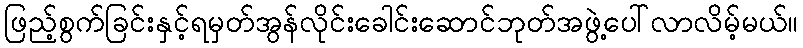
ဖြည့်စွက်ခြင်းနှင့်ရမှတ်အွန်လိုင်းခေါင်းဆောင်ဘုတ်အဖွဲ့ပေါ်လာလိမ့်မယ်။